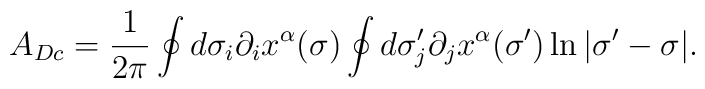
A_{Dc}=\frac{1}{2\pi}\oint d\sigma_i\partial_ix^{\alpha}(\sigma )\oint d\sigma'_j\partial_jx^{\alpha}(\sigma' )\ln |\sigma'-\sigma |.